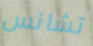
تشانس